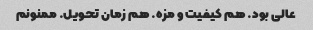
عالی بود. هم کیفیت و مزه. هم زمان تحویل. ممنونم